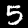
Label: 5